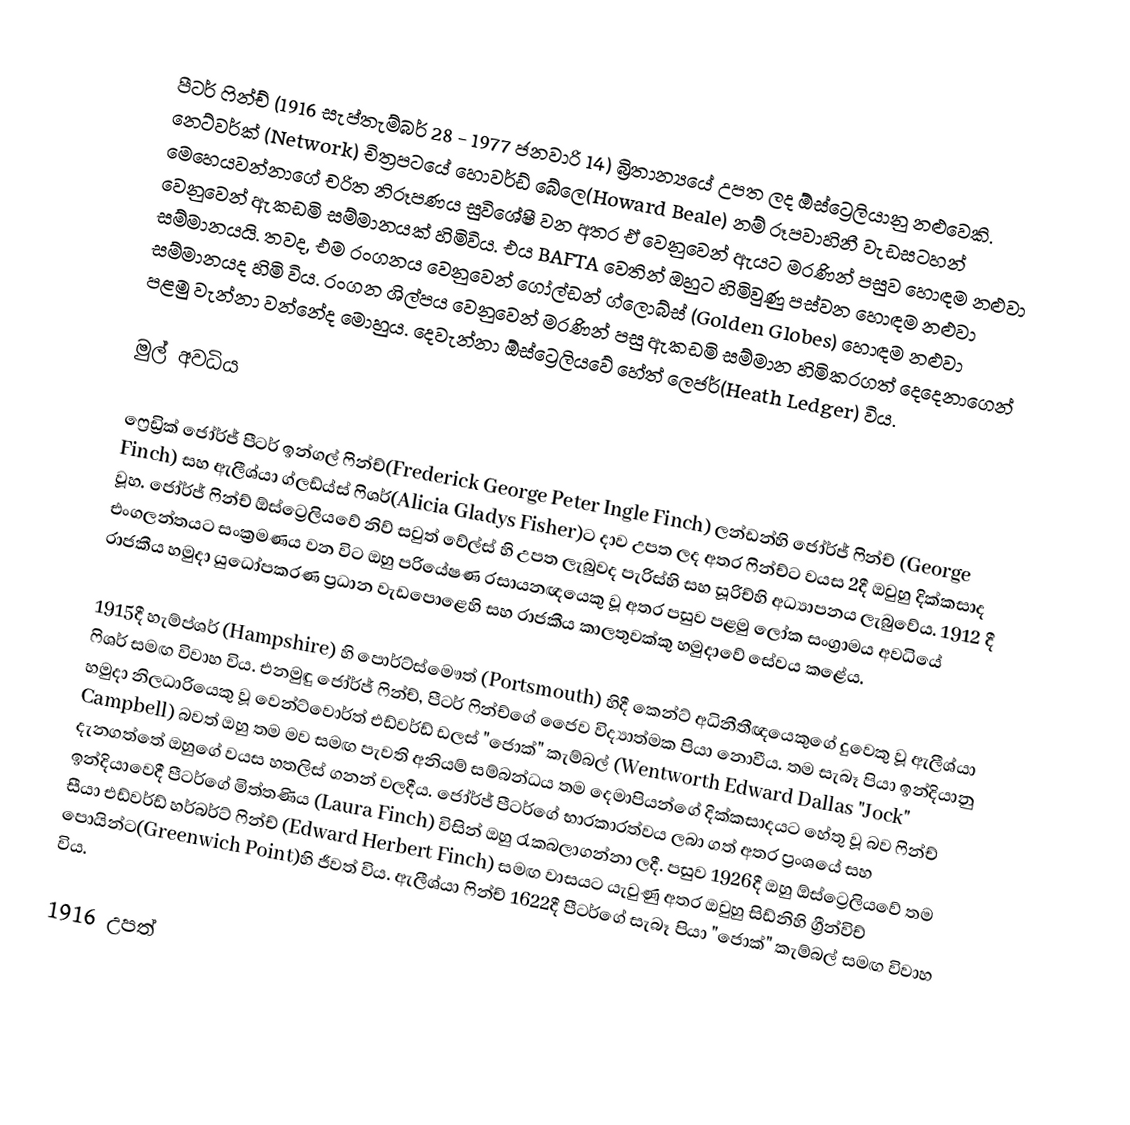
පීටර් ෆින්ච් (1916 සැප්තැම්බර් 28 - 1977 ජනවාරි 14) බ්‍රිතාන්‍යයේ උපත ලද ඕස්ට්‍රෙලියානු නළුවෙකි. නෙට්වර්ක් (Network) චිත්‍රපටයේ හොවර්ඩ් බේලෙ(Howard Beale) නම් රූපවාහිනී වැඩසටහන් මෙහෙයවන්නාගේ චරිත නිරූපණය සුවිශේෂී වන අතර ඒ වෙනුවෙන් ඇයට මරණින් පසුව හොඳම නළුවා වෙනුවෙන් ඇකඩමි සම්මානයක් හිමිවිය. එය BAFTA වෙතින් ඔහුට හිමිවුණු පස්වන හොඳම නළුවා සම්මානයයි. තවද, එම රංගනය වෙනුවෙන් ගෝල්ඩන් ග්ලොබ්ස් (Golden Globes) හොඳම නළුවා සම්මානයද හිමි විය. රංගන ශිල්පය වෙනුවෙන් මරණින් පසු ඇකඩමි සම්මාන හිමිකරගත් දෙදෙනාගෙන් පළමු වැන්නා වන්නේද මොහුය. දෙවැන්නා ඕස්ට්‍රෙලියවේ හේත් ලෙජර්(Heath Ledger) විය.

මුල් අවධිය

ෆ්‍රෙඩ්‍රික් ජෝර්ජ් පීටර් ඉන්ගල් ෆින්ච්(Frederick George Peter Ingle Finch) ලන්ඩන්හි ජෝර්ජ් ෆින්ච් (George Finch) සහ ඇලීශ්යා ග්ලඩ්ය්ස්  ෆිශර්(Alicia Gladys Fisher)ට දාව උපත ලද අතර ෆින්ච්ට වයස 2දී ඔවුහු දික්කසාද වූහ. ජෝර්ජ් ෆින්ච් ඕස්ට්‍රෙලියවේ නිව් සවුත් වේල්ස් හි උපත ලැබුවද පැරිස්හි සහ සූරිච්හි අධ්‍යාපනය ලැබුවේය. 1912 දී එංගලන්තයට සංක්‍රමණය වන විට ඔහු පරියේෂණ රසායනඥයෙකු වූ අතර පසුව පළමු ලෝක සංග්‍රාමය අවධියේ රාජකීය හමුදා යුධෝපකරණ ප්‍රධාන වැඩපොළෙහි සහ රාජකීය කාලතුවක්කු හමුදාවේ සේවය කළේය.

1915දී හැම්ප්ශර් (Hampshire) හි පොර්ට්ස්මෞත් (Portsmouth) හිදී කෙන්ට් අධිනීතීඥයෙකුගේ දුවෙකු වූ ඇලීශ්යා  ෆිශර් සමඟ විවාහ විය. එනමුඳු ජෝර්ජ් ෆින්ච්, පීටර් ෆින්ච්ගේ ජෛව විද්‍යාත්මක පියා නොවීය. තම සැබෑ පියා ඉන්දියානු හමුදා නිලධාරියෙකු වූ වෙන්ට්වොර්ත් එඩ්වර්ඩ් ඩලස් "ජොක්" කැම්බල් (Wentworth Edward Dallas "Jock" Campbell) බවත් ඔහු තම මව සමඟ පැවති අනියම් සම්බන්ධය තම දෙමාපියන්ගේ දික්කසාදයට හේතු වූ බව ෆින්ච් දැනගත්තේ ඔහුගේ වයස හතලිස් ගනන් වලදීය.  ජෝර්ජ් පීටර්ගේ භාරකාරත්වය ලබා ගත් අතර ප්‍රංශයේ සහ ඉන්දියාවෙදී පීටර්ගේ මිත්තණිය (Laura Finch) විසින් ඔහු රැකබලාගන්නා ලදී. පසුව 1926දී ඔහු ඕස්ට්‍රෙලියවේ තම සීයා එඩ්වර්ඩ් හර්බර්ට් ෆින්ච් (Edward Herbert Finch) සමඟ වාසයට යැවුණු අතර ඔවුහු සිඩ්නිහි ග්‍රීන්විච් පොයින්ට(Greenwich Point)හි ජීවත් විය.  ඇලීශ්යා ෆින්ච් 1622දී පීටර්ගේ සැබෑ පියා "ජොක්" කැම්බල් සමඟ විවාහ විය.

1916 උපත්